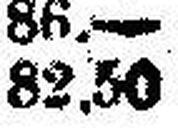
82.50